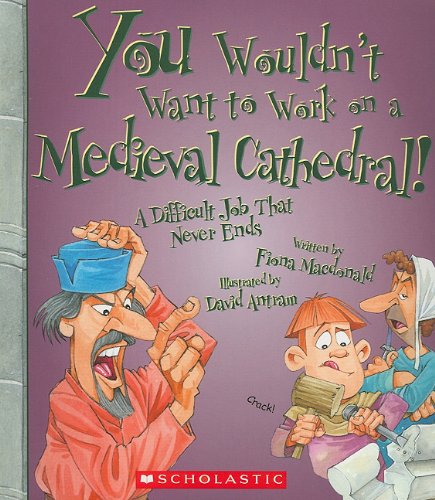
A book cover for You Wouldnt Want to Work on a Medieval Cathedral!: A Difficult Job That Never Ends; Fiona MacDonald; Children's Books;